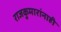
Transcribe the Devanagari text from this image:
राजकुमारांनाही